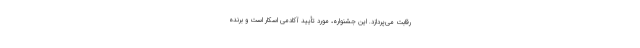
رقابت می‌پردازد. این جشنواره، مورد تأیید آکادمی اسکار است و برنده